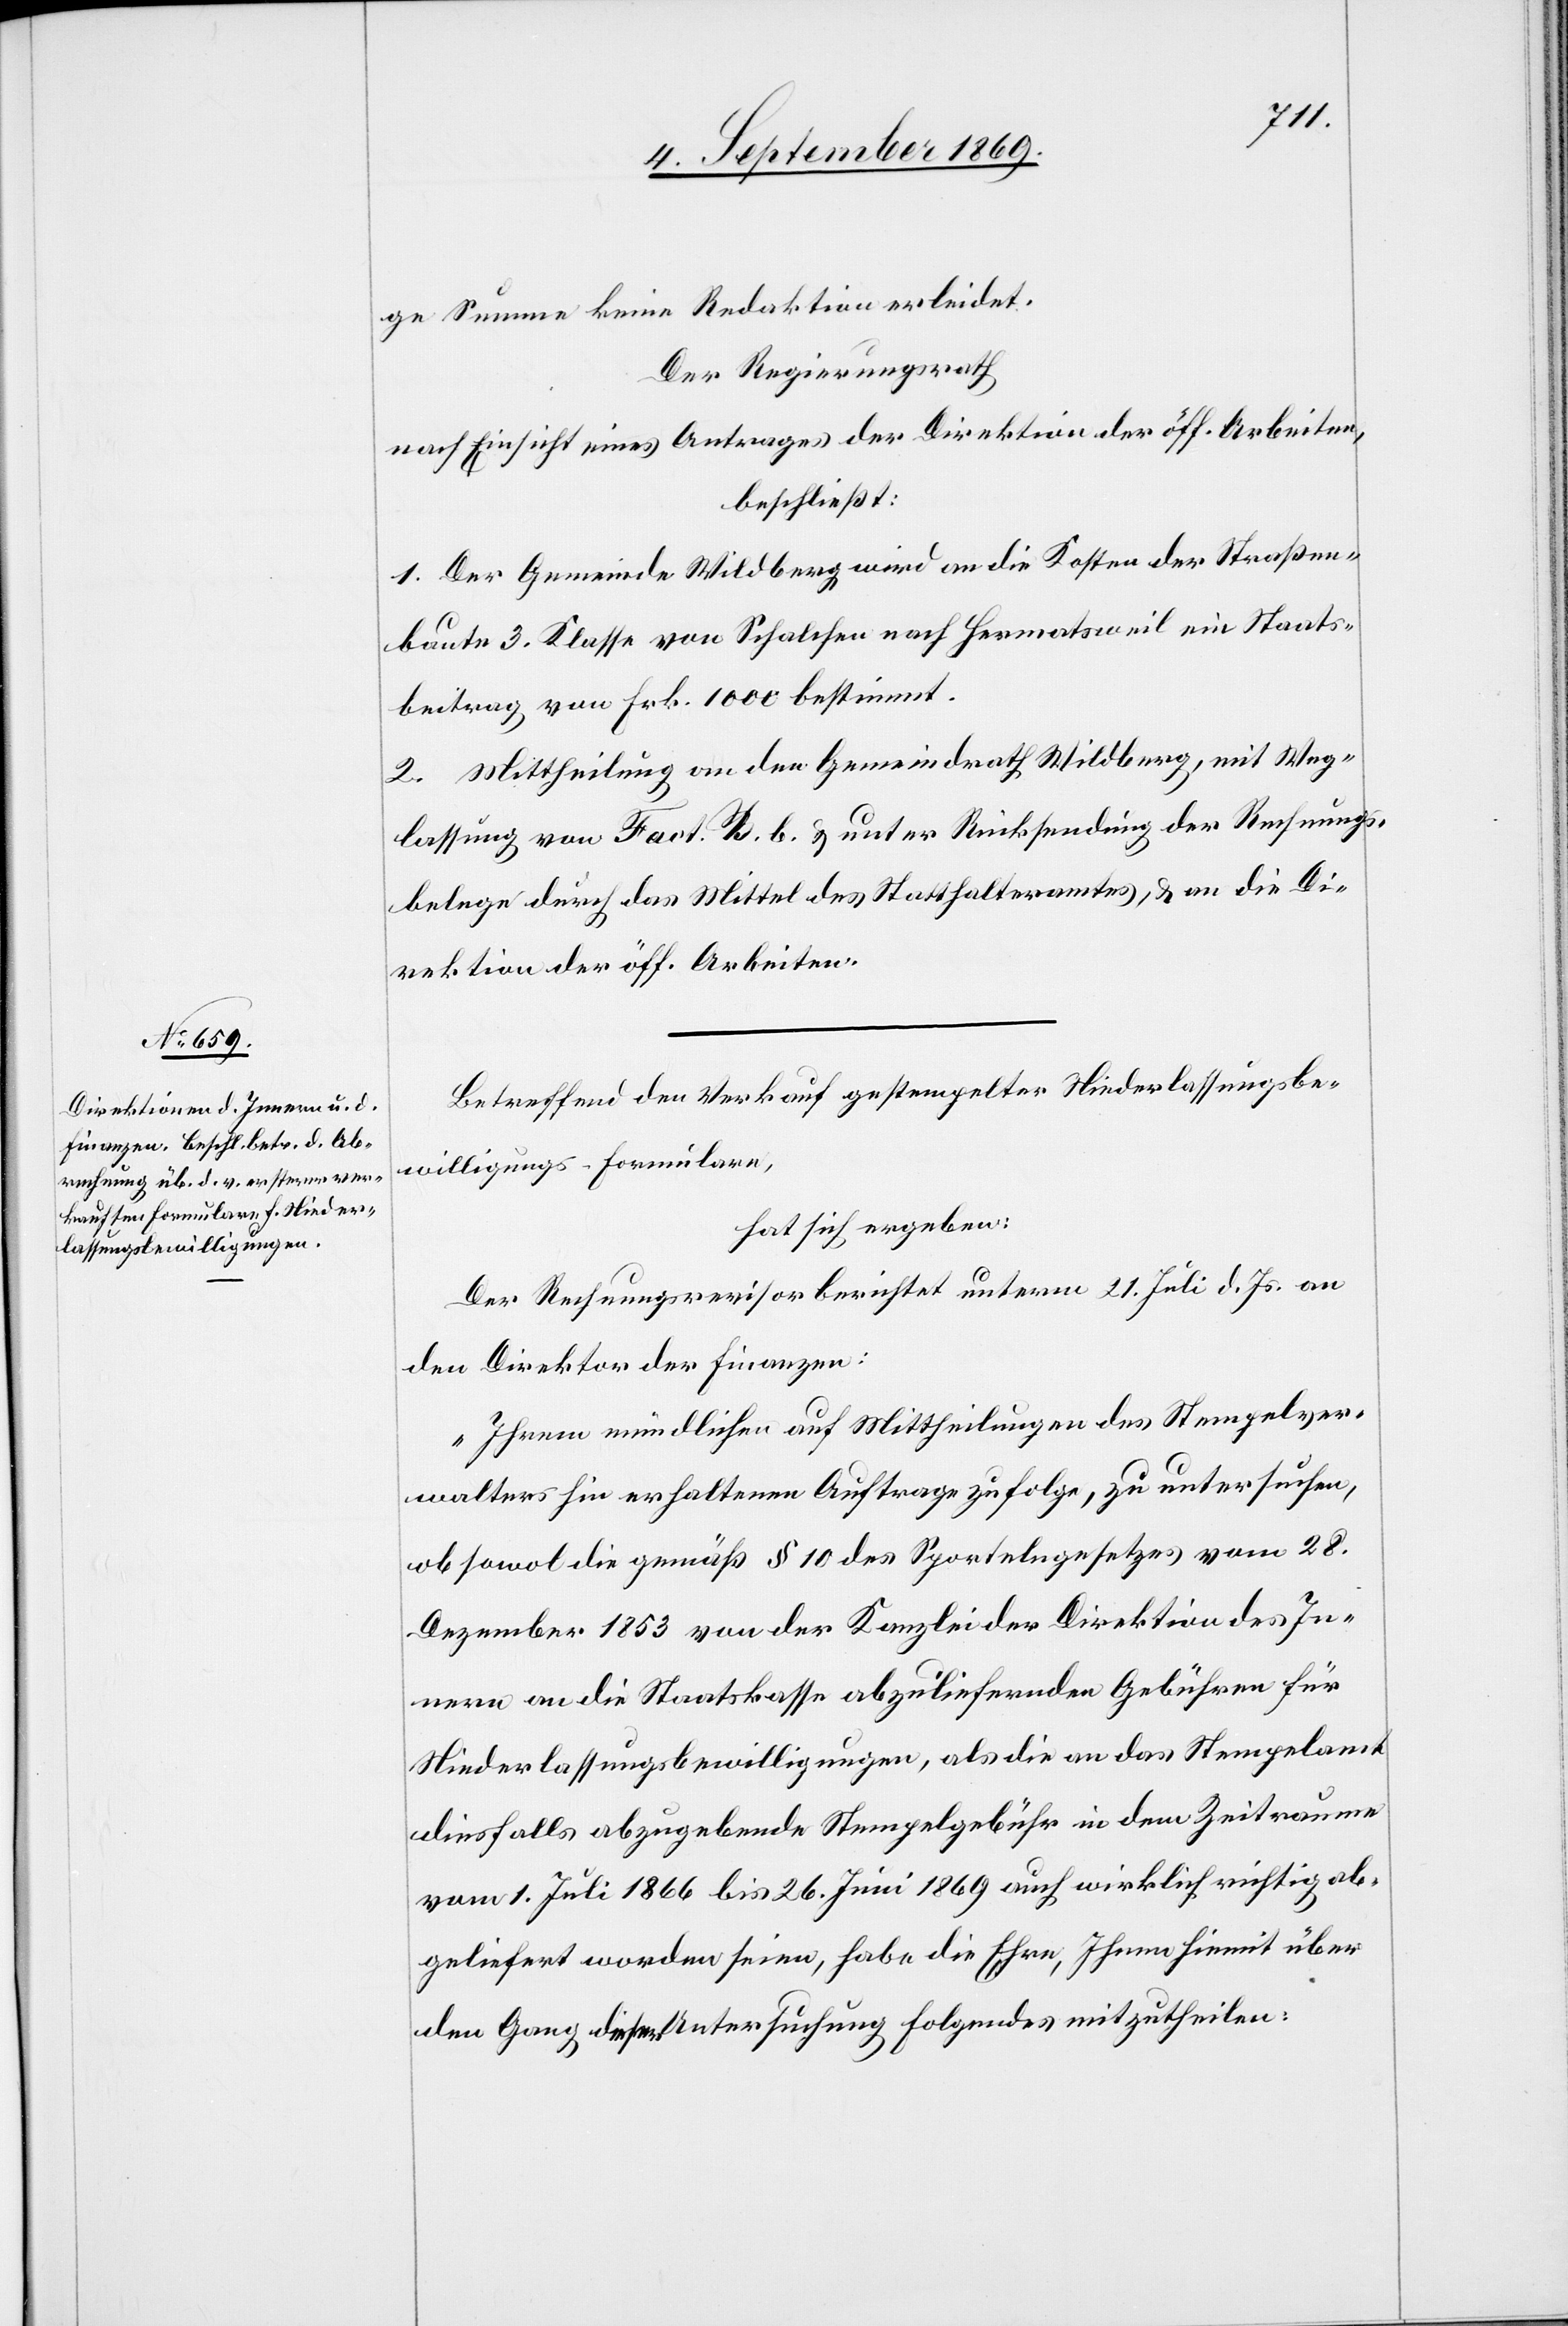
ge Summe keine Redaktion erleidet.
Der Regierungsrath
nach Einsicht eines Antrages der Direktion der öff. Arbeiten,
beschließt:
1. Der Gemeinde Wildberg wird an die Kosten der Straßen¬
baute 3. Klasse von Schalchen nach Hermatsweil ein Staats¬
beitrag von Frk. 1000 bestimmt.
2. Mittheilung an den Gemeindrath Wildberg, mit Weg¬
lassung von Fact. B. b. & unter Rücksendung der Rechnungs¬
belege durch das Mittel des Statthalteramtes, & an die Di¬
rektion der öff. Arbeiten.